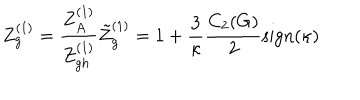
Z _ { g } ^ { ( 1 ) } = \frac { Z _ { A } ^ { ( 1 ) } } { Z _ { g h } ^ { ( 1 ) } } \tilde { Z } _ { g } ^ { ( 1 ) } = 1 + \frac { 3 } { \kappa } \frac { C _ { 2 } ( G ) } { 2 } \mathrm { s i g n } ( \kappa )